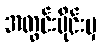
အတွင်းပိုင်းမှ